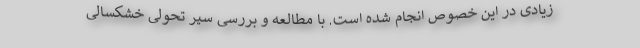
زیادی در این خصوص انجام شده است. با مطالعه و بررسی سیر تحولی خشکسالی